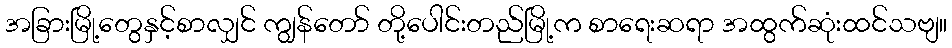
အခြားမြို့တွေနှင့်စာလျှင် ကျွန်တော် တို့ပေါင်းတည်မြို့က စာရေးဆရာ အထွက်ဆုံးထင်သဗျ။